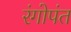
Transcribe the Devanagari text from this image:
रंगोपंत